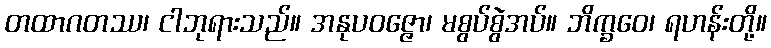
တထာဂတဿ၊ ငါဘုရားသည်။ အနုပဝဇ္ဇော၊ မစွပ်စွဲအပ်။ ဘိက္ခဝေ၊ ရဟန်းတို့။